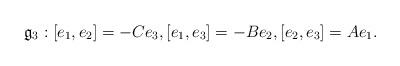
LaTeX: \begin{align*}\mathfrak{g} _3: \left[e_1,e_2 \right]=-C e_3, \left[ e_1,e_3\right]=-B e_2, \left[e_2,e_3\right]=A e_1 .\end{align*}